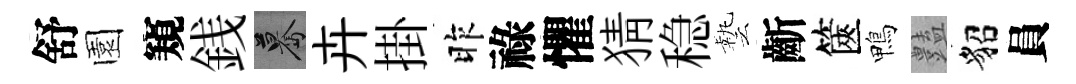
舒園窺銭驀卉掛昨祿懼猜稳藝齗篋鴨𧰟貂員